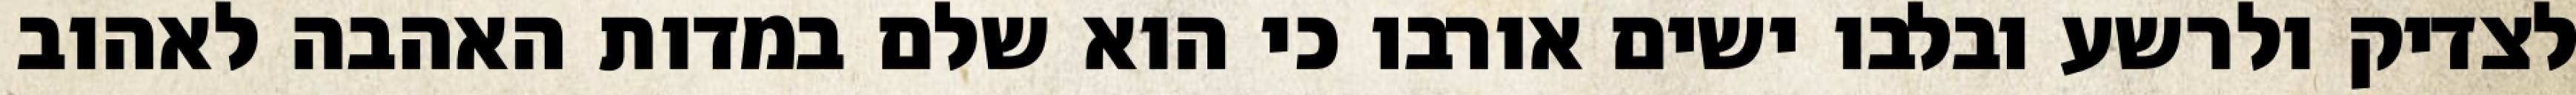
לצדיק ולרשע ובלבו ישים אורבו כי הוא שלם במדות האהבה לאהוב